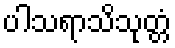
ပါသရာသိသုတ္တံ